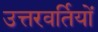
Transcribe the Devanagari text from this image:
उत्तरवर्तियों